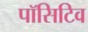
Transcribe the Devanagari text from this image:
पॉसिटिव